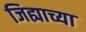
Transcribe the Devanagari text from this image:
जिह्याच्या